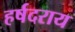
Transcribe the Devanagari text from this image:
हर्षदराय